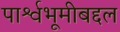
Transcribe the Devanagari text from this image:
पार्श्वभूमीबद्दल